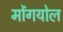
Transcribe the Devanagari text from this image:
मोंगयोल